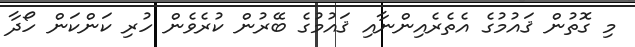
މި ގޮތުން ޤައުމުގެ އެތެރެއިންނާއި ޤައުމުގެ ބޭރުން ކުރެވެން ހުރި ކަންކަން ހޯދާ